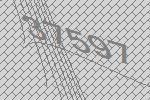
37597